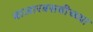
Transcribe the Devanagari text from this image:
बाजारबसवीच्च्या